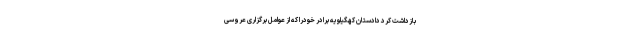
بازداشت کرد دادستان کهگیلویه برادر خودرا که از عوامل برگزاری عروسی